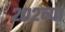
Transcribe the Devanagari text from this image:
२०२व्या